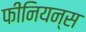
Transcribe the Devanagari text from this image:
फीनियन्स